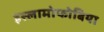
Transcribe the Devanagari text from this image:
इस्लामोफोबिया